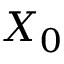
X _ { 0 }